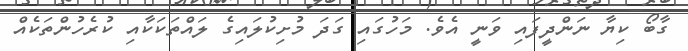
ގާބޯ ކިޔާ ނަންދީފައި ވަނީ އެވެ. މަހުގައި ގަދަ މުށިކުލައިގެ ލައްތަކަކާއި ކުރެހުންތަކެއް